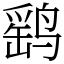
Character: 鹞